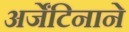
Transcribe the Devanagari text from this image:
अर्जेंटिनाने